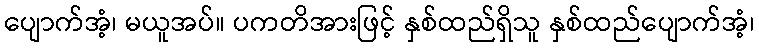
ပျောက်အံ့၊ မယူအပ်။ ပကတိအားဖြင့် နှစ်ထည်ရှိသူ နှစ်ထည်ပျောက်အံ့၊